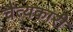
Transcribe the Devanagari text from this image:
चैत्यकारी